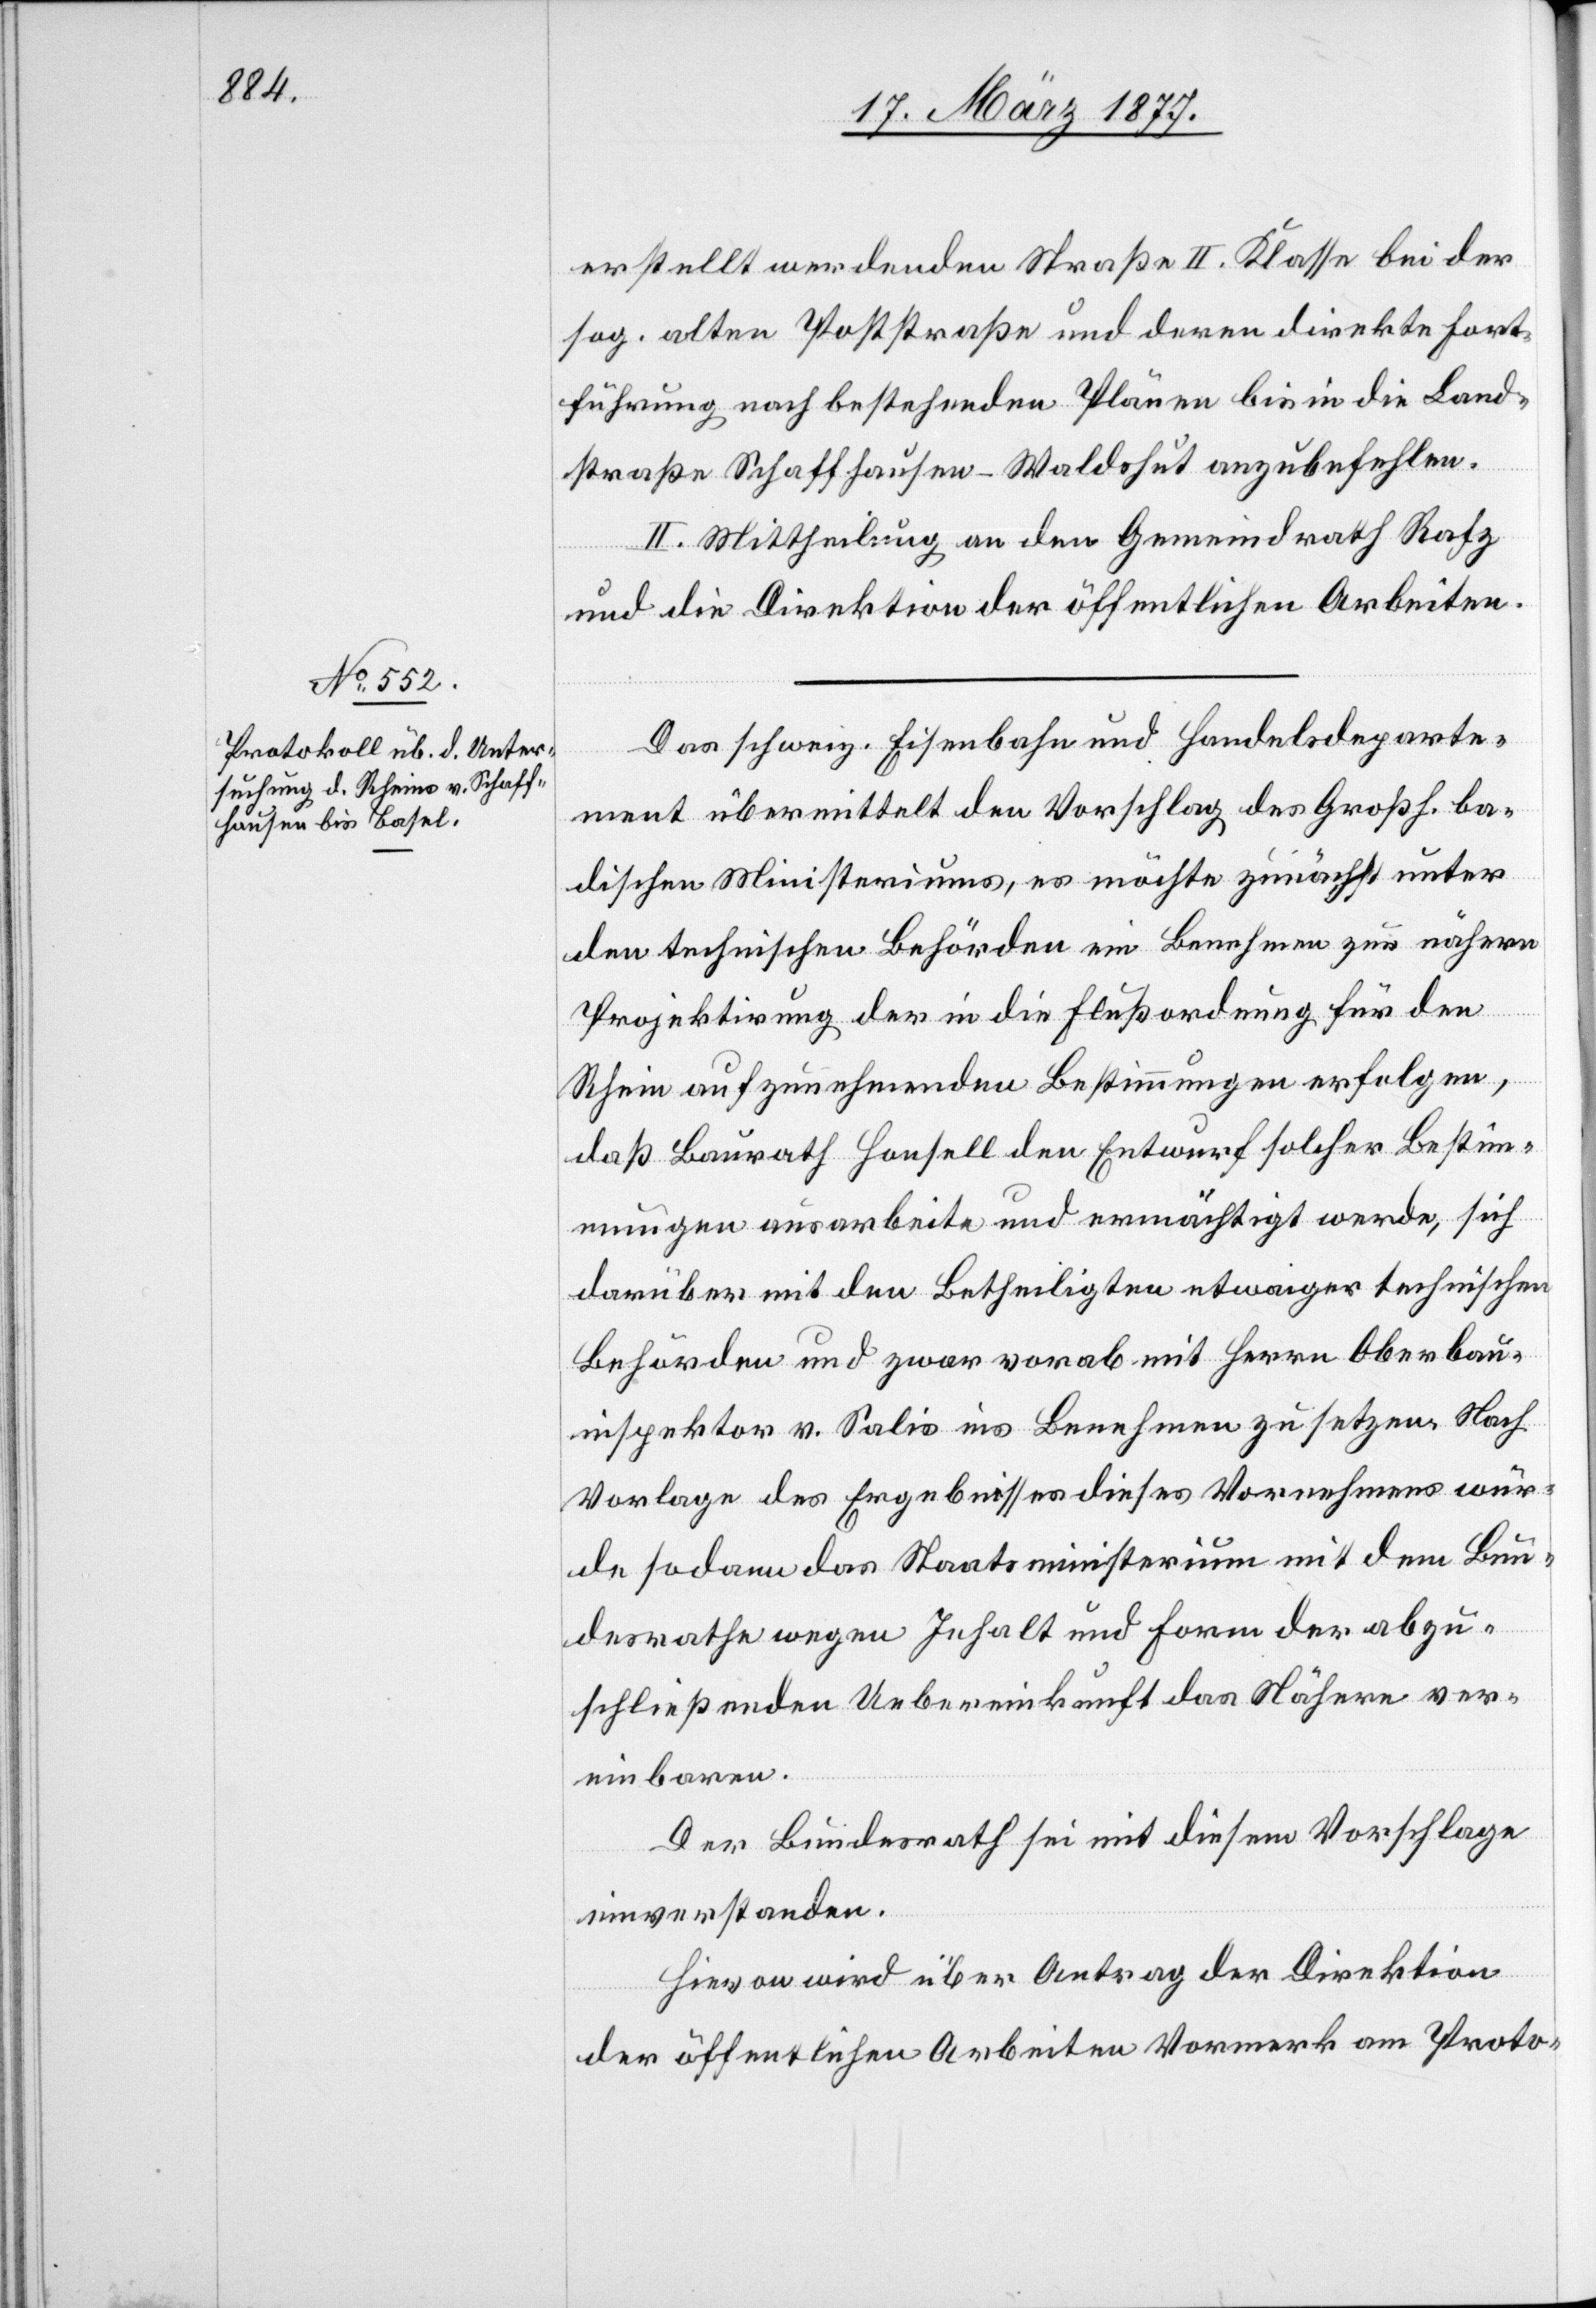
erstellt werdenden Straße II. Klasse bei der
sog. alten Poststraße und deren direkte Fort¬
führung nach bestehenden Plänen bis in die Land¬
straße Schaffhausen–Waldshut anzubefehlen.
II. Mittheilung an den Gemeindrath Rafz
und die Direktion der öffentlichen Arbeiten.
Das schweiz. Eisenbahn[-] und Handelsdeparte¬
ment übermittelt den Vorschlag des Großh. ba¬
dischen Ministeriums, es möchte zunächst unter
den technischen Behörden ein Benehmen zur nähern
Projektirung der in die Flußordnung für den
Rhein aufzunehmenden Bestimmungen erfolgen,
daß Baurath Honsell den Entwurf solcher Bestim¬
mungen ausarbeite und ermächtigt werde, sich
darüber mit den Betheiligten etwaiger technischen
Behörden und zwar vorab mit Herrn Oberbau¬
inspektor v. Salis ins Benehmen zu setzen. Nach
Vorlage des Ergebnisses dieses Vornehmens wür¬
de sodann das Staatsministerium mit dem Bun¬
desrathe wegen Inhalt und Form der abzu¬
schließenden Uebereinkunft das Nähere ver¬
einbaren.
Der Bundesrath sei mit diesem Vorschlage
einverstanden.
Hievon wird über Antrag der Direktion
der öffentlichen Arbeiten Vormerk am Proto-